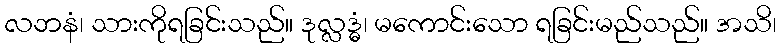
လဘနံ၊ သားကိုရခြင်းသည်။ ဒုလ္လဒ္ဓံ၊ မကောင်းသော ရခြင်းမည်သည်။ အသိ၊